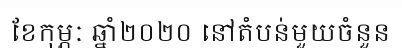
ខែកុម្ភៈ ឆ្នាំ២០២០ នៅតំបន់មួយចំនួន